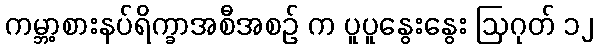
ကမ္ဘာ့စားနပ်ရိက္ခာအစီအစဉ် က ပူပူနွေးနွေး ဩဂုတ် ၁၂